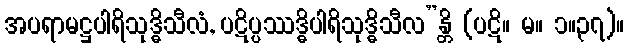
အပရာမဋ္ဌပါရိသုဒ္ဓိသီလံ, ပဋိပ္ပဿဒ္ဓိပါရိသုဒ္ဓိသီလ”န္တိ (ပဋိ။ မ။ ၁။၃၇)။